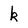
Character: k